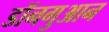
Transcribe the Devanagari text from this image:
डॉनगुआन